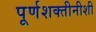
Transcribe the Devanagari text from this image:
पूर्णशक्तीनीशी